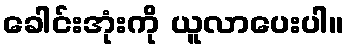
ခေါင်းအုံးကို ယူလာပေးပါ။